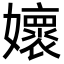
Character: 㜳